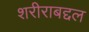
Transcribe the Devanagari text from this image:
शरीराबद्दल